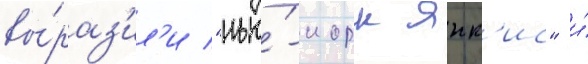
вы́раз'ил'и "нью́-иорк янк'ис" и́